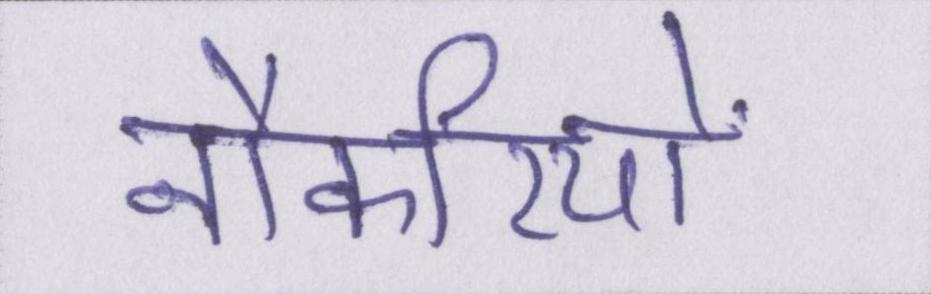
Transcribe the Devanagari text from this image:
नौकरियों